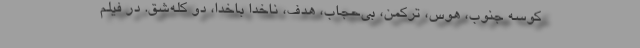
کوسه جنوب، هوس، ترکمن، بی‌حجاب، هدف، ناخدا باخدا، دو کله‌شق. در فیلم